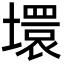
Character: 𡑡